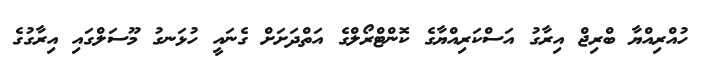
ހުއްރިއްޔާ ބްރިޖް އިރާގު އަސްކަރިއްޔާގެ ކޮންޓްރޯލްގެ އަތްދަށަށް ގެނައީ ހުޅަނގު މޫސަލްގައި އިރާގުގެ